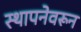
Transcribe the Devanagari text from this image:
स्थापनेवरून